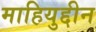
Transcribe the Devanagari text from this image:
माहियुद्दीन